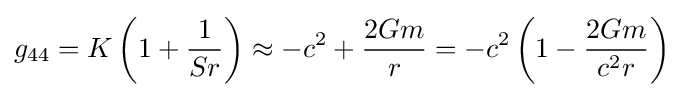
g_{44}=K\left(1+{\frac {1}{Sr}}\right)\approx -c^{2}+{\frac {2Gm}{r}}=-c^{2}\left(1-{\frac {2Gm}{c^{2}r}}\right)